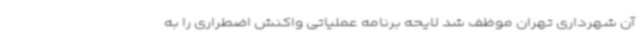
آن شهرداری تهران موظف شد لایحه برنامه عملیاتی واکنش اضطراری را به